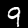
Label: 9